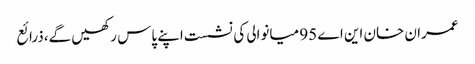
عمران خان این اے 95 میانوالی کی نشست اپنے پاس رکھیں گے،ذرائع